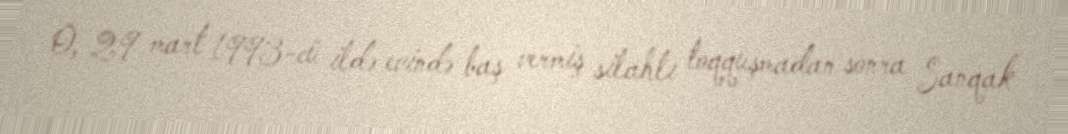
O, 29 mart 1993-cü ildə evində baş vermiş silahlı toqquşmadan sonra Sanqak